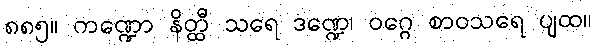
၈၈၅။ ကဏ္ဍော နိတ္ထီ သရေ ဒဏ္ဍေ၊ ဝဂ္ဂေ စာဝသရေ ပျထ။